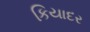
કિયાદર